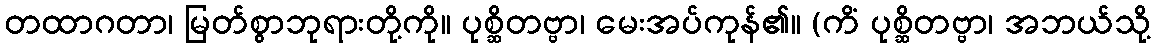
တထာဂတာ၊ မြတ်စွာဘုရားတို့ကို။ ပုစ္ဆိတဗ္ဗာ၊ မေးအပ်ကုန်၏။ (ကိံ ပုစ္ဆိတဗ္ဗာ၊ အဘယ်သို့